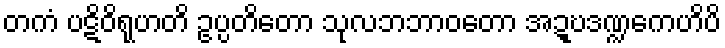
တကံ ပဋိဝိရုဟတိ ဥပ္ပတိတော သုလဘဘာဝတော အဍ္ဎဒဏ္ဍကေဟိပိ